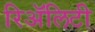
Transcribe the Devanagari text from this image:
रिॲलिटी